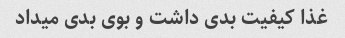
غذا کیفیت بدی داشت و بوی بدی میداد